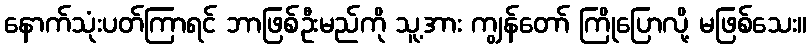
နောက်သုံးပတ်ကြာရင် ဘာဖြစ်ဦးမည်ကို သူ့အား ကျွန်တော် ကြိုပြောလို့ မဖြစ်သေး။